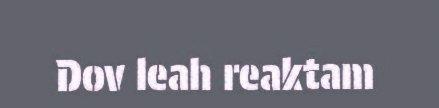
Dov leah reaktam